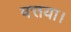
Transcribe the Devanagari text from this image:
वत्तया।